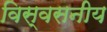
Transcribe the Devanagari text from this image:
विस्वसनीय